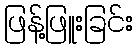
ဖြန့်ဖြူးခြင်း